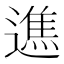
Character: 𨖵